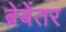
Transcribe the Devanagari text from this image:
ब्रेबेंतर